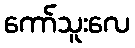
ကော်သူးလေ